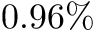
0 . 9 6 \%